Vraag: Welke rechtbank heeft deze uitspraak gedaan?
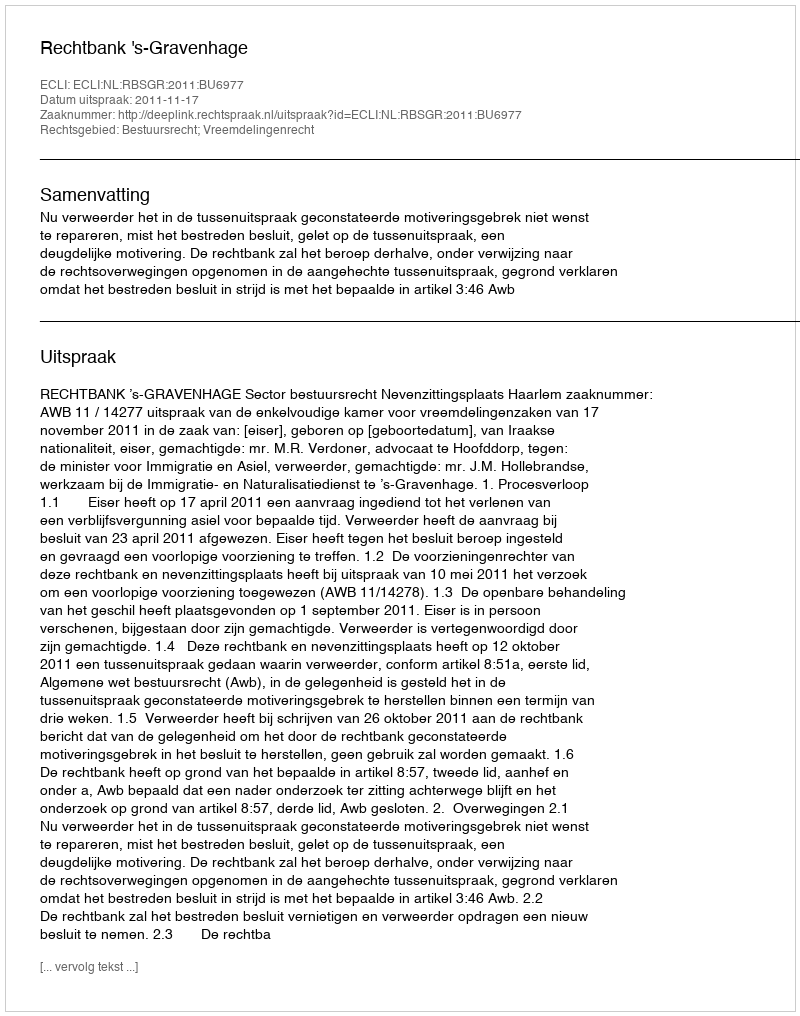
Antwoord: Rechtbank 's-Gravenhage